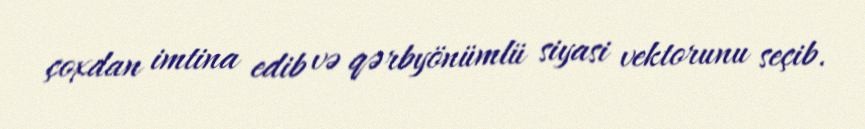
çoxdan imtina edib və qərbyönümlü siyasi vektorunu seçib.